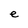
Character: e